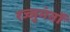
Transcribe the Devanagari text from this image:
रज्जुमंतों